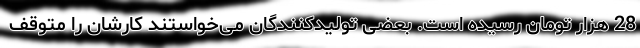
28 هزار تومان رسیده است. بعضی تولیدکنندگان می‌خواستند کارشان را متوقف